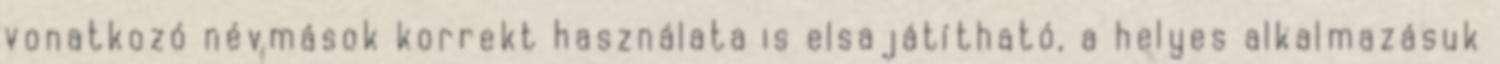
vonatkozó névmások korrekt használata is elsajátítható, a helyes alkalmazásuk